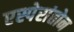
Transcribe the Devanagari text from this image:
एस्पेरांतोन